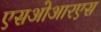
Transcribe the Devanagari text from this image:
एसओआरएस